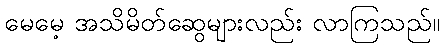
မေမေ့ အသိမိတ်ဆွေများလည်း လာကြသည်။